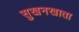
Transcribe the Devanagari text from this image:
सुखनखाता